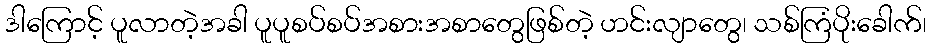
ဒါကြောင့် ပူလာတဲ့အခါ ပူပူစပ်စပ်အစားအစာတွေဖြစ်တဲ့ ဟင်းလျာတွေ၊ သစ်ကြံပိုးခေါက်၊